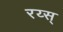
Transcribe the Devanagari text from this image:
रय्स्